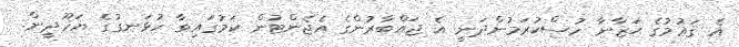
އެ ޤަޢުމުގެ ޙަޒާނާ ހުސްކުރަމުންދަނީ އެ ޖައްބާރުންގެ އެޖެންޓުން ކަމުގައިވާ ހުޅަނގުގެ ޔަހޫދީން.